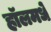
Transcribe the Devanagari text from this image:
हॉलमधे